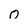
Character: 0